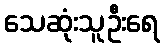
သေဆုံးသူဦးရေ